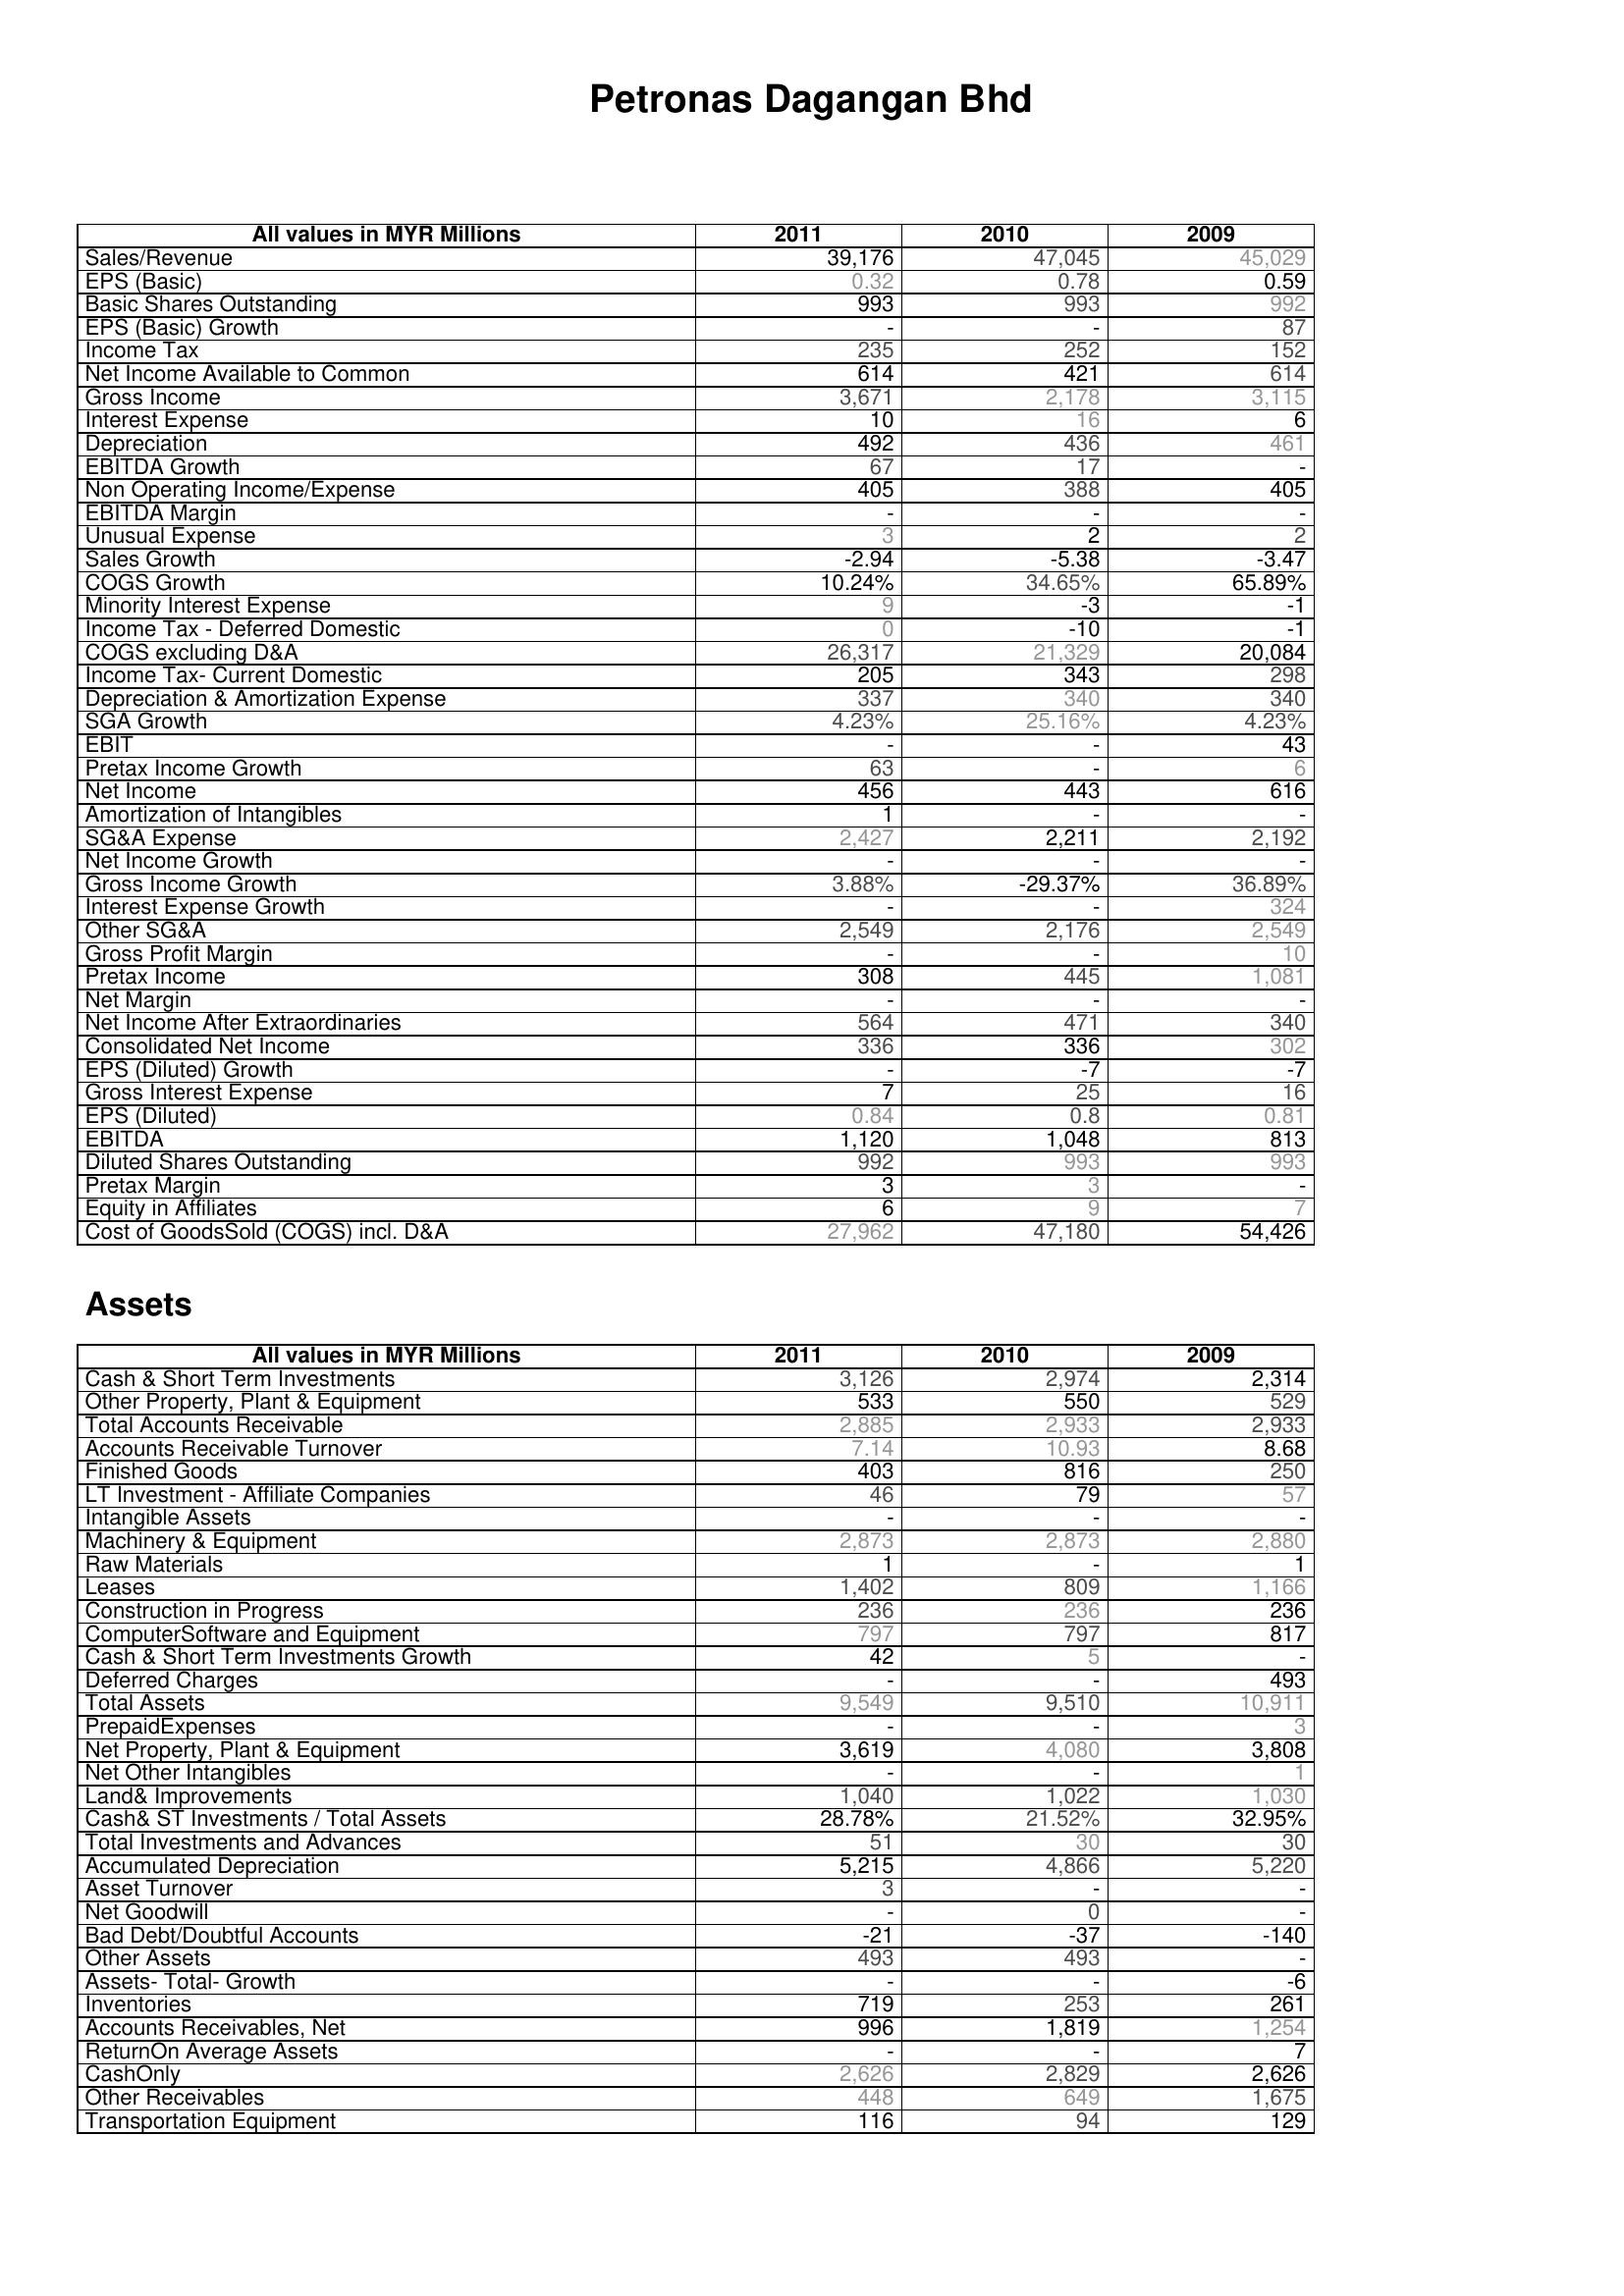
2011: : Sales/Revenue: 39,176
EPS (Basic): 0.32
Basic Shares Outstanding: 993
EPS (Basic) Growth: -
Income Tax: 235
Net Income Available to Common: 614
Gross Income: 3,671
Interest Expense: 10
Depreciation: 492
EBITDA Growth: 67
Non Operating Income/Expense: 405
EBITDA Margin: -
Unusual Expense: 3
Sales Growth: -2.94
COGS Growth: 10.24%
Minority Interest Expense: 9
Income Tax - Deferred Domestic: 0
COGS excluding D&A: 26,317
Income Tax- Current Domestic: 205
Depreciation & Amortization Expense: 337
SGA Growth: 4.23%
EBIT: -
Pretax Income Growth: 63
Net Income: 456
Amortization of Intangibles: 1
SG&A Expense: 2,427
Net Income Growth: -
Gross Income Growth: 3.88%
Interest Expense Growth: -
Other SG&A: 2,549
Gross Profit Margin: -
Pretax Income: 308
Net Margin: -
Net Income After Extraordinaries: 564
Consolidated Net Income: 336
EPS (Diluted) Growth: -
Gross Interest Expense: 7
EPS (Diluted): 0.84
EBITDA: 1,120
Diluted Shares Outstanding: 992
Pretax Margin: 3
Equity in Affiliates: 6
Cost of GoodsSold (COGS) incl. D&A: 27,962
Assets: Cash & Short Term Investments: 3,126
Other Property, Plant & Equipment: 533
Total Accounts Receivable: 2,885
Accounts Receivable Turnover: 7.14
Finished Goods: 403
LT Investment - Affiliate Companies: 46
Intangible Assets: -
Machinery & Equipment: 2,873
Raw Materials: 1
Leases: 1,402
Construction in Progress: 236
ComputerSoftware and Equipment: 797
Cash & Short Term Investments Growth: 42
Deferred Charges: -
Total Assets: 9,549
PrepaidExpenses: -
Net Property, Plant & Equipment: 3,619
Net Other Intangibles: -
Land& Improvements: 1,040
Cash& ST Investments / Total Assets: 28.78%
Total Investments and Advances: 51
Accumulated Depreciation: 5,215
Asset Turnover: 3
Net Goodwill: -
Bad Debt/Doubtful Accounts: -21
Other Assets: 493
Assets- Total- Growth: -
Inventories: 719
Accounts Receivables, Net: 996
ReturnOn Average Assets: -
CashOnly: 2,626
Other Receivables: 448
Transportation Equipment: 116
2010: : Sales/Revenue: 47,045
EPS (Basic): 0.78
Basic Shares Outstanding: 993
EPS (Basic) Growth: -
Income Tax: 252
Net Income Available to Common: 421
Gross Income: 2,178
Interest Expense: 16
Depreciation: 436
EBITDA Growth: 17
Non Operating Income/Expense: 388
EBITDA Margin: -
Unusual Expense: 2
Sales Growth: -5.38
COGS Growth: 34.65%
Minority Interest Expense: -3
Income Tax - Deferred Domestic: -10
COGS excluding D&A: 21,329
Income Tax- Current Domestic: 343
Depreciation & Amortization Expense: 340
SGA Growth: 25.16%
EBIT: -
Pretax Income Growth: -
Net Income: 443
Amortization of Intangibles: -
SG&A Expense: 2,211
Net Income Growth: -
Gross Income Growth: -29.37%
Interest Expense Growth: -
Other SG&A: 2,176
Gross Profit Margin: -
Pretax Income: 445
Net Margin: -
Net Income After Extraordinaries: 471
Consolidated Net Income: 336
EPS (Diluted) Growth: -7
Gross Interest Expense: 25
EPS (Diluted): 0.8
EBITDA: 1,048
Diluted Shares Outstanding: 993
Pretax Margin: 3
Equity in Affiliates: 9
Cost of GoodsSold (COGS) incl. D&A: 47,180
Assets: Cash & Short Term Investments: 2,974
Other Property, Plant & Equipment: 550
Total Accounts Receivable: 2,933
Accounts Receivable Turnover: 10.93
Finished Goods: 816
LT Investment - Affiliate Companies: 79
Intangible Assets: -
Machinery & Equipment: 2,873
Raw Materials: -
Leases: 809
Construction in Progress: 236
ComputerSoftware and Equipment: 797
Cash & Short Term Investments Growth: 5
Deferred Charges: -
Total Assets: 9,510
PrepaidExpenses: -
Net Property, Plant & Equipment: 4,080
Net Other Intangibles: -
Land& Improvements: 1,022
Cash& ST Investments / Total Assets: 21.52%
Total Investments and Advances: 30
Accumulated Depreciation: 4,866
Asset Turnover: -
Net Goodwill: 0
Bad Debt/Doubtful Accounts: -37
Other Assets: 493
Assets- Total- Growth: -
Inventories: 253
Accounts Receivables, Net: 1,819
ReturnOn Average Assets: -
CashOnly: 2,829
Other Receivables: 649
Transportation Equipment: 94
2009: : Sales/Revenue: 45,029
EPS (Basic): 0.59
Basic Shares Outstanding: 992
EPS (Basic) Growth: 87
Income Tax: 152
Net Income Available to Common: 614
Gross Income: 3,115
Interest Expense: 6
Depreciation: 461
EBITDA Growth: -
Non Operating Income/Expense: 405
EBITDA Margin: -
Unusual Expense: 2
Sales Growth: -3.47
COGS Growth: 65.89%
Minority Interest Expense: -1
Income Tax - Deferred Domestic: -1
COGS excluding D&A: 20,084
Income Tax- Current Domestic: 298
Depreciation & Amortization Expense: 340
SGA Growth: 4.23%
EBIT: 43
Pretax Income Growth: 6
Net Income: 616
Amortization of Intangibles: -
SG&A Expense: 2,192
Net Income Growth: -
Gross Income Growth: 36.89%
Interest Expense Growth: 324
Other SG&A: 2,549
Gross Profit Margin: 10
Pretax Income: 1,081
Net Margin: -
Net Income After Extraordinaries: 340
Consolidated Net Income: 302
EPS (Diluted) Growth: -7
Gross Interest Expense: 16
EPS (Diluted): 0.81
EBITDA: 813
Diluted Shares Outstanding: 993
Pretax Margin: -
Equity in Affiliates: 7
Cost of GoodsSold (COGS) incl. D&A: 54,426
Assets: Cash & Short Term Investments: 2,314
Other Property, Plant & Equipment: 529
Total Accounts Receivable: 2,933
Accounts Receivable Turnover: 8.68
Finished Goods: 250
LT Investment - Affiliate Companies: 57
Intangible Assets: -
Machinery & Equipment: 2,880
Raw Materials: 1
Leases: 1,166
Construction in Progress: 236
ComputerSoftware and Equipment: 817
Cash & Short Term Investments Growth: -
Deferred Charges: 493
Total Assets: 10,911
PrepaidExpenses: 3
Net Property, Plant & Equipment: 3,808
Net Other Intangibles: 1
Land& Improvements: 1,030
Cash& ST Investments / Total Assets: 32.95%
Total Investments and Advances: 30
Accumulated Depreciation: 5,220
Asset Turnover: -
Net Goodwill: -
Bad Debt/Doubtful Accounts: -140
Other Assets: -
Assets- Total- Growth: -6
Inventories: 261
Accounts Receivables, Net: 1,254
ReturnOn Average Assets: 7
CashOnly: 2,626
Other Receivables: 1,675
Transportation Equipment: 129